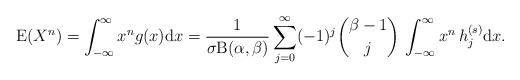
LaTeX: \begin{align*}\mathrm{E}(X^n)=\int_{-\infty}^\infty x^n g(x) \mathrm{d}x=\frac{1}{\sigma\mathrm{B}(\alpha,\beta)}\sum_{j=0}^{\infty}(-1)^j\binom{\beta-1}{j}\,\int_{-\infty}^\infty x^n\,h_j^{(s)}\mathrm{d}x.\end{align*}